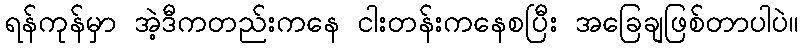
ရန်ကုန်မှာ အဲ့ဒီကတည်းကနေ ငါးတန်းကနေစပြီး အခြေချဖြစ်တာပါပဲ။